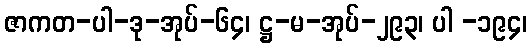
ဇာကတ-ပါ-ဒု-အုပ်-၆၄၊ ဋ္ဌ-မ-အုပ်-၂၉၃၊ ပါ -၁၉၄၊